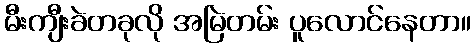
မီးကျီးခဲတခုလို အမြဲတမ်း ပူလောင်နေတာ။